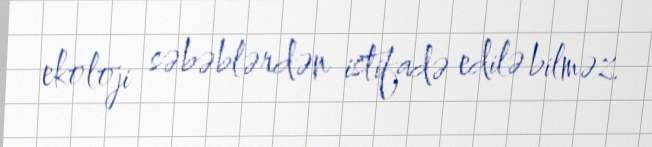
ekoloji səbəblərdən istifadə edilə bilməz.